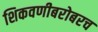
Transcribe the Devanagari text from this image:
शिकवणीबरोबरच